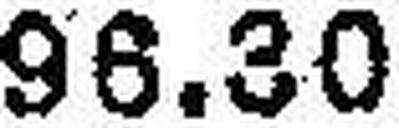
96.30